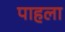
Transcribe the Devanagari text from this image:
पाहला